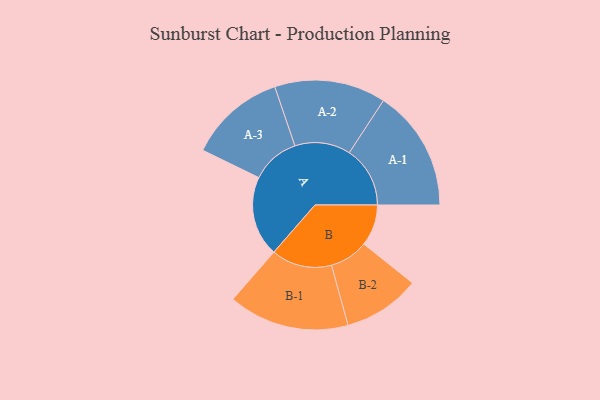
{"axis": {"x": "Segment", "y": "Value"}, "legend": ["", "A", "B"], "data": [{"x": "A", "y": 252, "type": ""}, {"x": "B", "y": 130, "type": ""}, {"x": "A-1", "y": 191, "type": "A"}, {"x": "A-2", "y": 175, "type": "A"}, {"x": "A-3", "y": 152, "type": "A"}, {"x": "B-1", "y": 190, "type": "B"}, {"x": "B-2", "y": 121, "type": "B"}]}